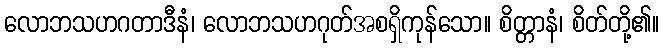
လောဘသဟဂတာဒီနံ၊ လောဘသဟဂုတ်အစရှိကုန်သော။ စိတ္တာနံ၊ စိတ်တို့၏။